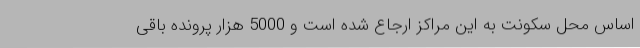
اساس محل سکونت به این مراکز ارجاع شده است و 5000 هزار پرونده باقی